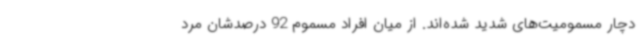
دچار مسمومیت‌های شدید شده‌اند. از میان افراد مسموم 92 درصدشان مرد